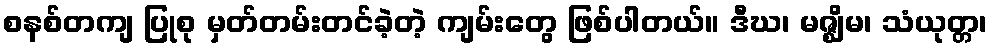
စနစ်တကျ ပြုစု မှတ်တမ်းတင်ခဲ့တဲ့ ကျမ်းတွေ ဖြစ်ပါတယ်။ ဒီဃ၊ မဇ္ဈိမ၊ သံယုတ္တ၊